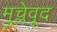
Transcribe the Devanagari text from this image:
मुच्लेवूद